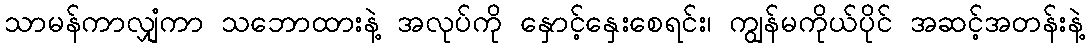
သာမန်ကာလျှံကာ သဘောထားနဲ့ အလုပ်ကို နှောင့်နှေးစေရင်း၊ ကျွန်မကိုယ်ပိုင် အဆင့်အတန်းနဲ့